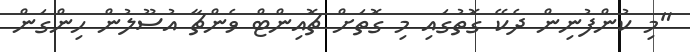
"މި ކުންފުނިން ދެކޭ ގޮތުގައި މި ގޮތަށް ޗޮއިންޓް ވެންޗާ އުސޫލުން ހިންގަން